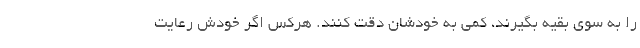
را به سوی بقیه بگیرند، کمی به خودشان دقت کنند. هرکس اگر خودش رعایت